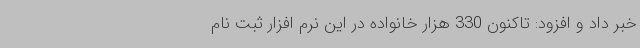
خبر داد و افزود: تاکنون 330 هزار خانواده در این نرم افزار ثبت نام